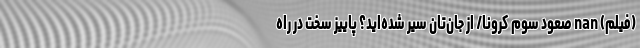
(فیلم) nan صعود سوم کرونا/ از جان‌تان سیر شده‌اید؟ پاییز سخت در راه